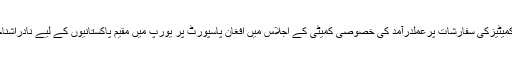
سینیٹر دلاور خان کی زیر صدارت سینیٹ کمیٹیزکی سفارشات پرعملدرآمد کی خصوصی کمیٹی کے اجلاس میں افغان پاسپورٹ پر یورپ میں مقیم پاکستانیوں کے لیے نادراشناختی کارڈ کے اجراء کا معاملہ زیر غور آیا۔